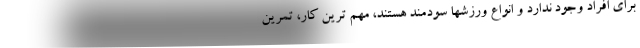
برای افراد وجود ندارد و انواع ورزشها سودمند هستند، مهم ترین کار، تمرین